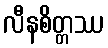
လီနစိတ္တဿ